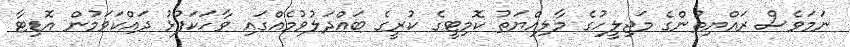
ނަމަވެސް ރައްޔިތުންގެ މަޖިލީހުގެ މާލިއްޔަތު ކޮމިޓީގެ ކުރީގެ ބައްދަލުވުމެއްގައި ވާހަކަފުޅު ދައްކަވަމުން އޮޑިޓާ